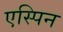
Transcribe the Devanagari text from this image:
एस्पिन